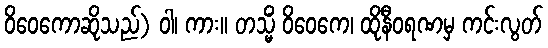
ဝိဝေကောဆိုသည်) ဝါ၊ ကား။ တသ္မိံ ဝိဝေကေ၊ ထိုနီဝရဏမှ ကင်းလွတ်